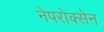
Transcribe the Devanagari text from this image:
नेपरोक्सेन